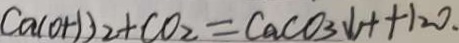
C a ( O H ) _ { 2 } + C O _ { 2 } = C a C O _ { 3 } \downarrow + + 1 2 0 .